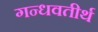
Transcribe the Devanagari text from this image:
गन्धवतीर्थ